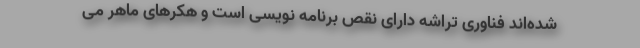
شده‌اند فناوری تراشه دارای نقص برنامه نویسی است و هکرهای ماهر می‌